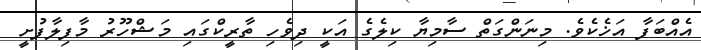
އެއްބަފާ އަޚެކެވެ. މިނަންގަތް ސާމިޔާ ކިލެގެ އަކީ ދިވެހި ތާރީކްގައި މަޝްހޫރު މާފިލާފުށީ